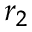
r _ { 2 }